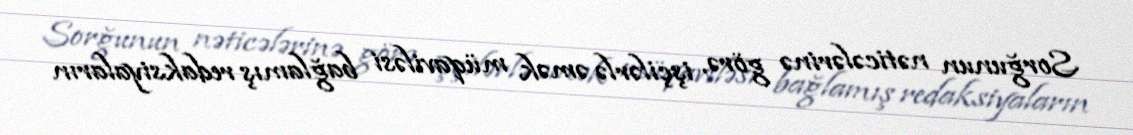
Sorğunun nəticələrinə görə, işçilərlə əmək müqaviləsi bağlamış redaksiyaların